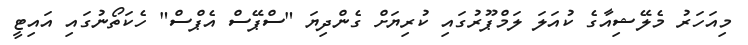
މިއަހަރު މެލޭޝިއާގެ ކުއަލަ ލަމްޕޫރުގައި ކުރިޔަށް ގެންދިޔަ "ސްޕޭސް އެޕްސް" ހެކަތޯނުގައި އައިޓީ